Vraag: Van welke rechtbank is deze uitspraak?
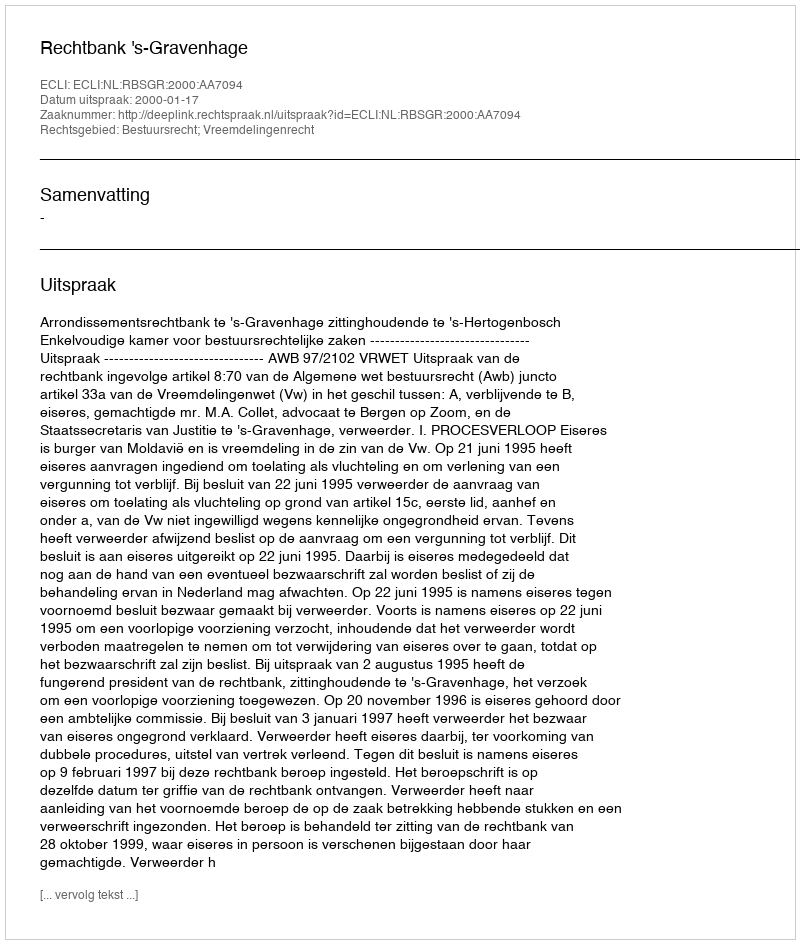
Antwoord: Rechtbank 's-Gravenhage